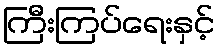
ကြီးကြပ်ရေးနှင့်